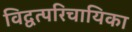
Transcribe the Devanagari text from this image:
विद्वत्परिचायिका